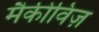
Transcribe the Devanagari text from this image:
मैकीविज़